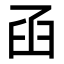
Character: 𦥖